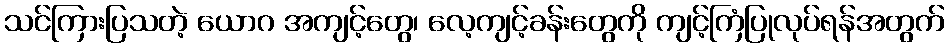
သင်ကြားပြသတဲ့ ယောဂ အကျင့်တွေ၊ လေ့ကျင့်ခန်းတွေကို ကျင့်ကြံပြုလုပ်ရန်အတွက်